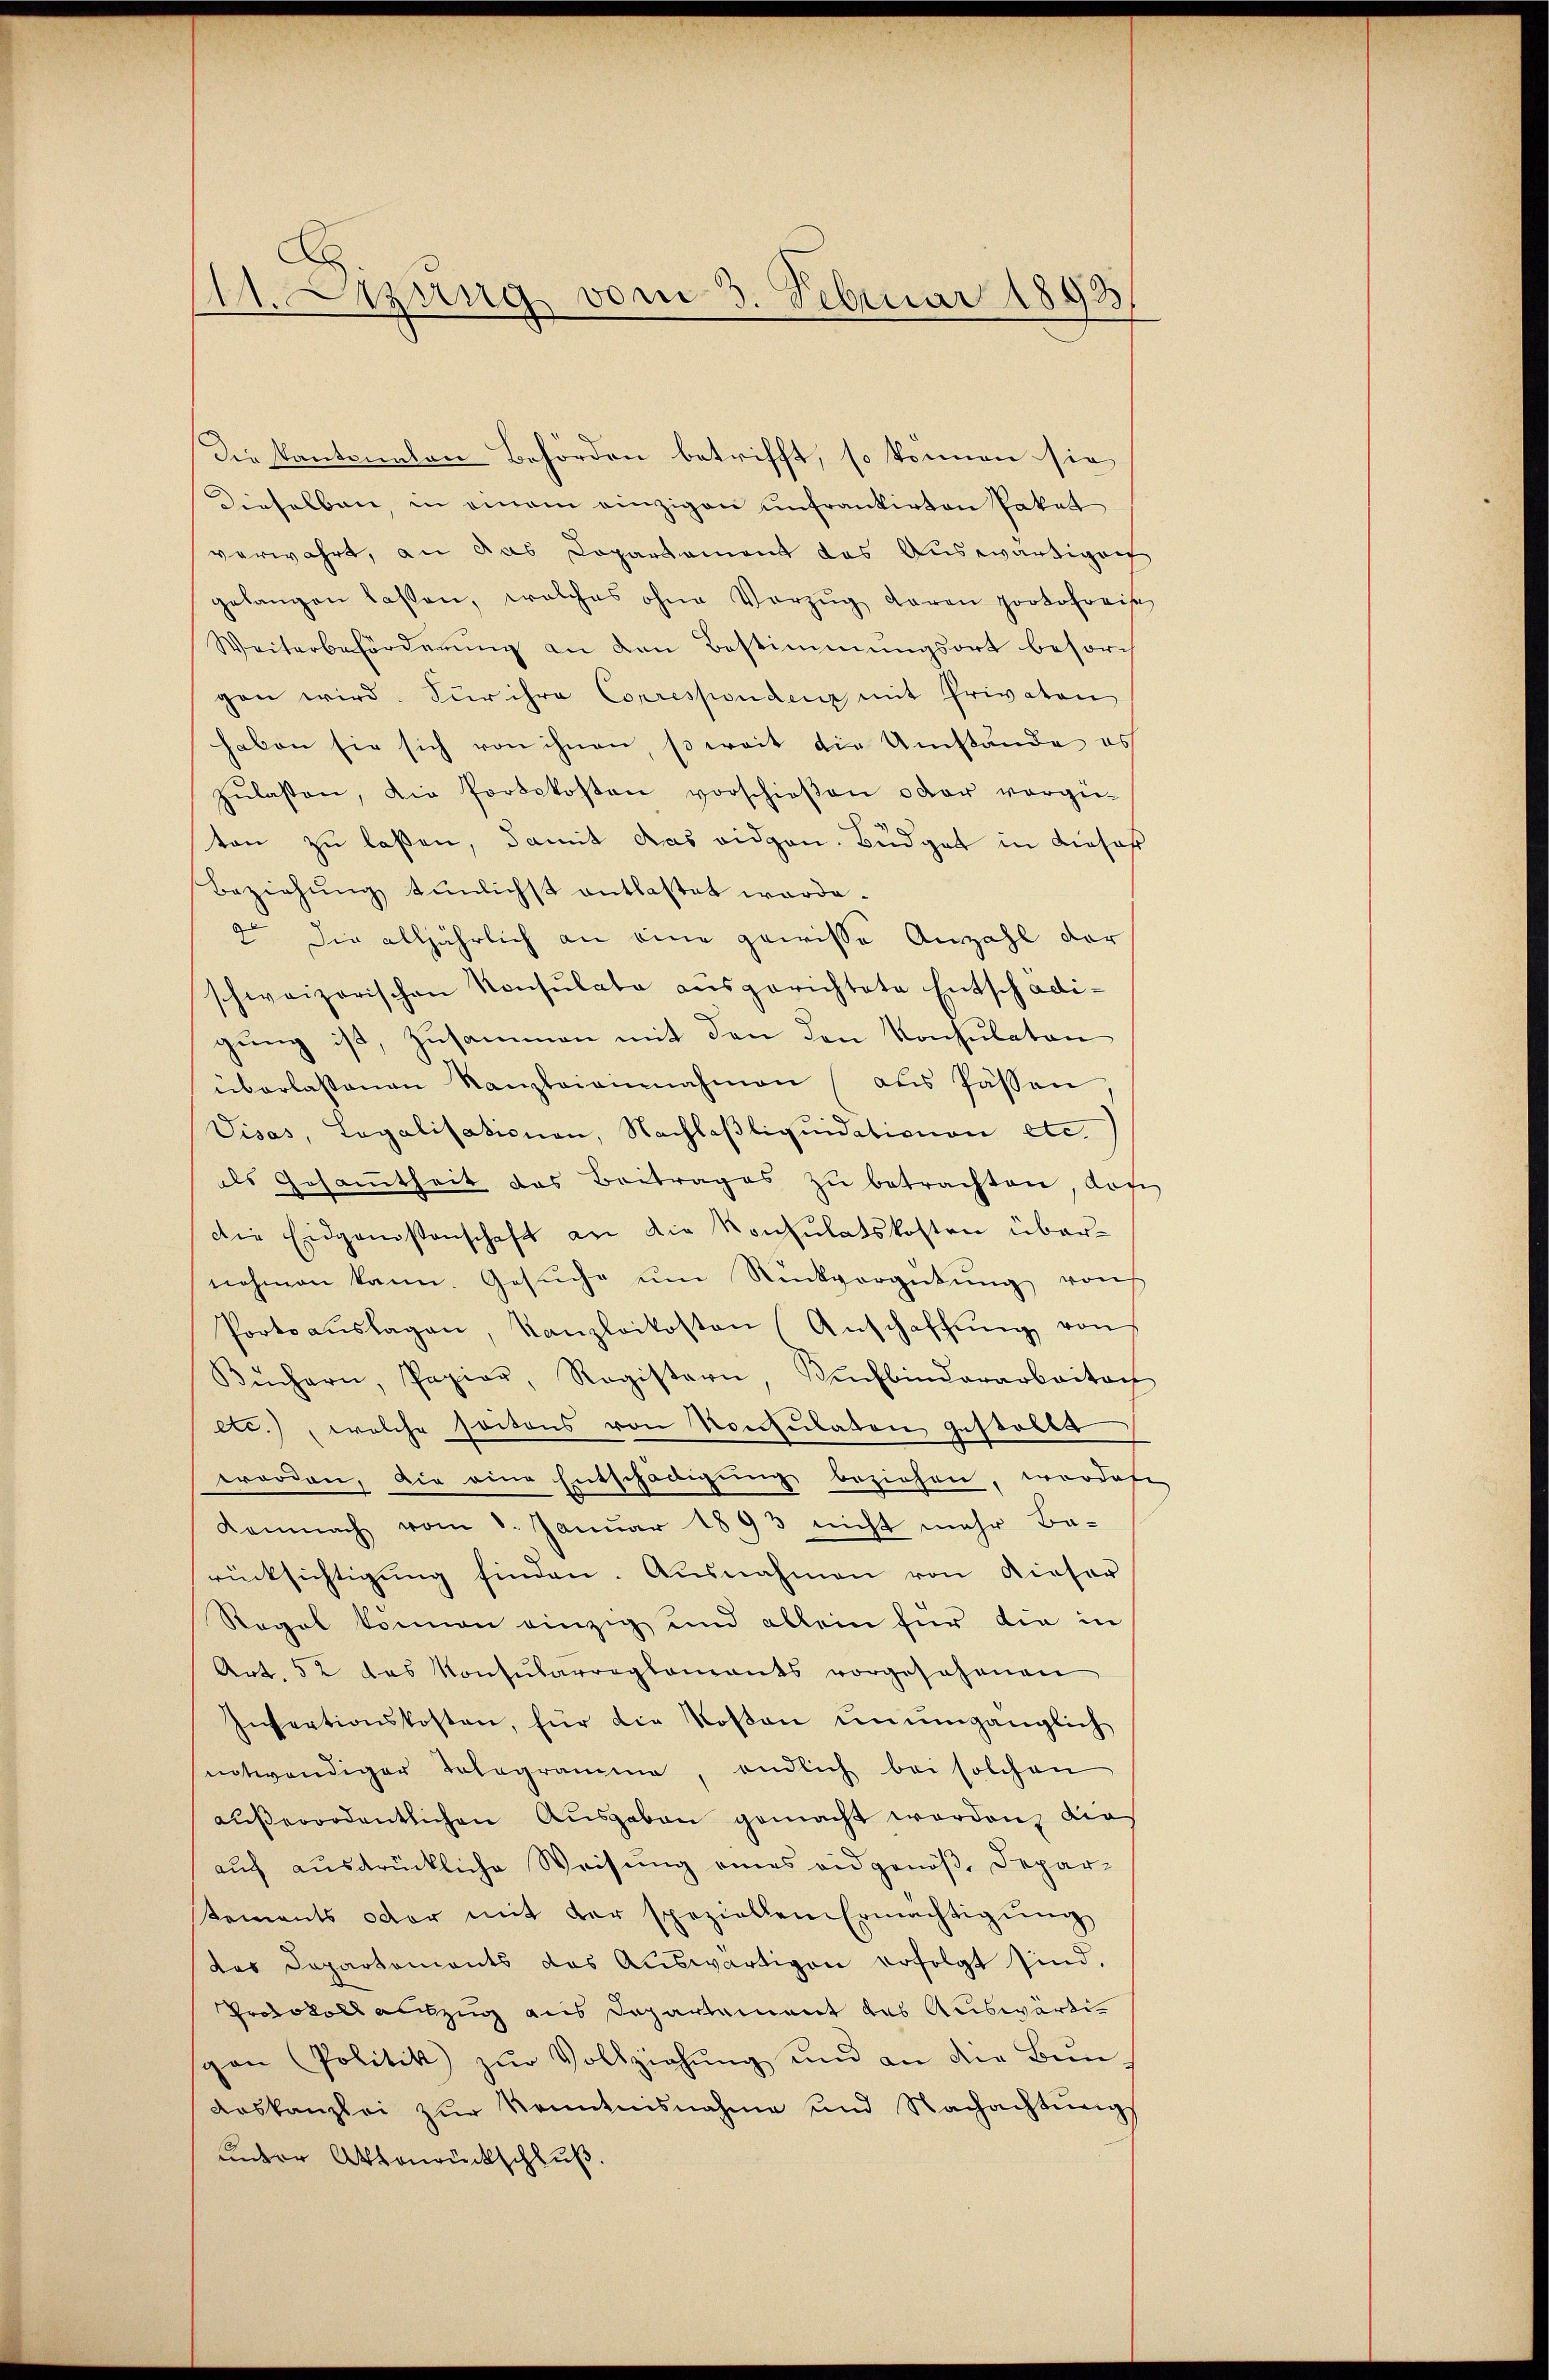
11. etzung vom 3. Februar 1893

Die Kantonalen Behörden betrifft, so können sie
Dieselben, in einem einzigen unfrankirten Pakal
verwahrt, an das Copartament das Auswärtigen
gelangen laßen, welches ohne Vorzŭg daran protofreie
Weiterbeförderung an den Bestimmungsort besorch
gen wird. Für ihre Correspondenz mit Privaten
haben sie sich von ihnen, so weit die Umstände es
zŭlassen, die Portokosten vorschieβen oder vorge-
ten zu laßen, damit das eidgen. Büdget in dieses
Beziehung tunlichst entlastet worde.
2t die alljährlich an eine gewisse Anzahl der
schweizerischen Konsulate ausgerichtete Entschädigung ist, zusammen mit den den Konsulaten
überlassenen Kanzleieinnahmen (aus Passen
Visas, Legalisationen, Nachlaßliquidationen etc.
als Gesamtheit das Beitrages zu betrachten, das
die Eidgenossenschaft an die Konsulatskosten übernehmen kann. Gesŭche ŭm Rückvergütŭng von
Portoauslagen, Kanzloikosten (Anschaffŭng von
Büchern, Papier, Registern, Kuchbinderarbaitach
etc.), welche soitens von Konsulaten gestellt
worden, die eine Entschädigung beziehen, wordes
Demnach vom 8. Januar 1893 nicht mehr Be-
rücksichtigung finden. Ausnahmen von dieser
Regel können einzig und allein für die in
Art. 52 das Konsularreglements vorgesehenen
Insectionskosten, für die Rosen unumgänglich
notwendiger Tologramme, endlich bei solchen
aŭβerordentlichen Ausgaben gemacht worden, die
auf ausdrückliche Weisung eines eidgenöß, Depar-
tements oder mit der speziellen Ermächtigŭng
des Departements das Auswärtigen erfolgt sind.
Protokoll auszug aus Departement das Auswärtigan (Politik zŭr Vollziehŭng und an die Bŭn-
aaskanzlei zŭr Kenntnisnahme und Nachachtŭngs
unter Aktenrückschluß.